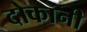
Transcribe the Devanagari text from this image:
दोकानी